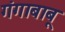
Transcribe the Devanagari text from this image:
गंगाबाबू